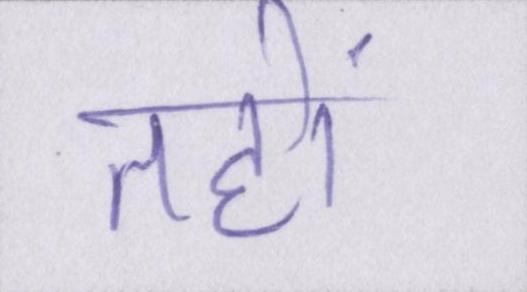
तहों